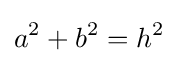
a^{2}+b^{2}=h^{2}